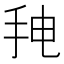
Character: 𰓒